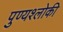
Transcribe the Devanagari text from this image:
पुण्‍यश्‍लोकी